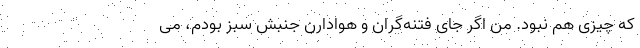
که چیزی هم نبود. من اگر جای فتنه‌گران و هوادارن جنبش سبز بودم، می